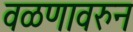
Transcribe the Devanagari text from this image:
वळणावरुन